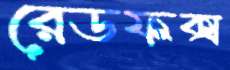
রেডফক্স